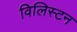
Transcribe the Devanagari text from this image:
विलिस्टन